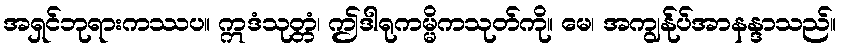
အရှင်ဘုရားကဿပ။ ဣဒံသုတ္တံ၊ ဤဒါရုကမ္မိကသုတ်ကို။ မေ၊ အကျွန်ုပ်အာနန္ဒာသည်။